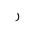
Letter: _ra